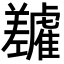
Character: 𬯷